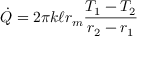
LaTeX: { \dot { Q } } = 2 \pi k \ell r _ { m } { \frac { T _ { 1 } - T _ { 2 } } { r _ { 2 } - r _ { 1 } } }